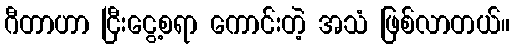
ဂီတာဟာ ငြီးငွေ့စရာ ကောင်းတဲ့ အသံ ဖြစ်လာတယ်။